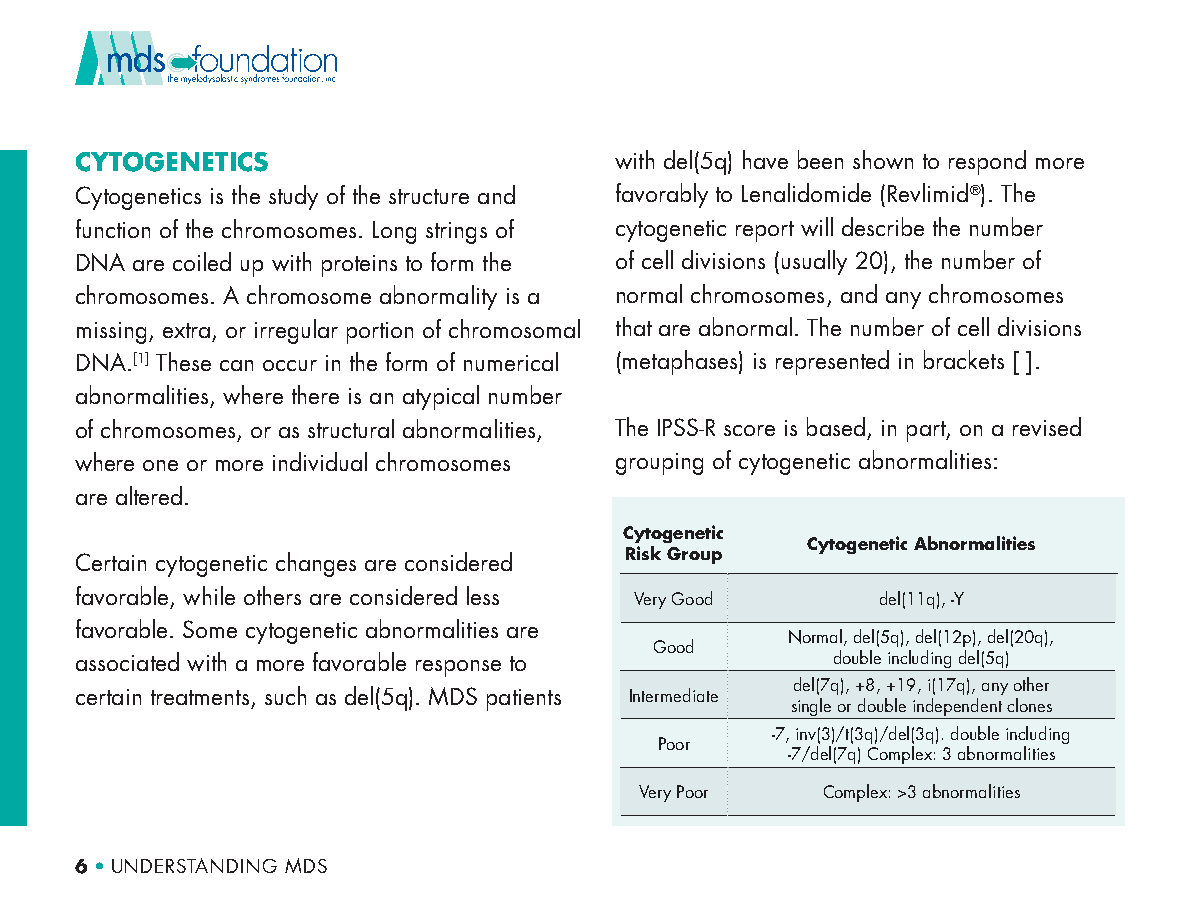
CYTOGENETICS                        with del(5q) have been shown to respond more
 Cytogenetics is the study of the structure and favorably to Lenalidomide (Revlimid®). The
 function of the chromosomes. Long strings of cytogenetic report will describe the number
 DNA are coiled up with proteins to form the of cell divisions (usually 20), the number of
 chromosomes. A chromosome abnormality is a normal chromosomes, and any chromosomes
 missing, extra, or irregular portion of chromosomal that are abnormal. The number of cell divisions
 DNA.[1] These can occur in the form of numerical (metaphases) is represented in brackets [ ].
 abnormalities, where there is an atypical number
 of chromosomes, or as structural abnormalities, The IPSS-R score is based, in part, on a revised
 where one or more individual chromosomes grouping of cytogenetic abnormalities:
 are altered.
 Cytogenetic
 Cytogenetic Abnormalities
 Risk Group
 Certain cytogenetic changes are considered
 favorable, while others are considered less Very Good del(11q), -Y
 favorable. Some cytogenetic abnormalities are
 Normal, del(5q), del(12p), del(20q),
 Good
 associated with a more favorable response to      double including del(5q)
 del(7q), +8, +19, i(17q), any other
 certain treatments, such as del(5q). MDS patients Intermediate
 single or double independent clones
 -7, inv(3)/t(3q)/del(3q). double including
 Poor
 -7/del(7q) Complex: 3 abnormalities
 Very Poor   Complex: >3 abnormalities
 6 • UNDERSTANDING MDS